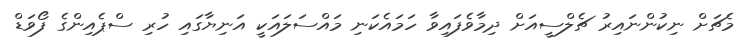
މެޗަށް ނިކުންނައިރު ޗެލްސީއަށް ދިމާވެފައިވާ ހަމައެކަނި މައްސަލައަކީ އަނިޔާގައި ހުރި ސްޕެއިންގެ ފޯވަޑް